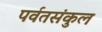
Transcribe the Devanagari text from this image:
पर्वतसंकुल